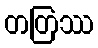
တတြဿ